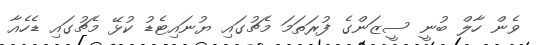
ވެން ހާލް ބުނީ ސީޒަންގެ ފުރަތަމަ މެޗުގައި ޔުނައިޓެޑު ކުޅޭ މެޗުގައި ޑެހެއާ